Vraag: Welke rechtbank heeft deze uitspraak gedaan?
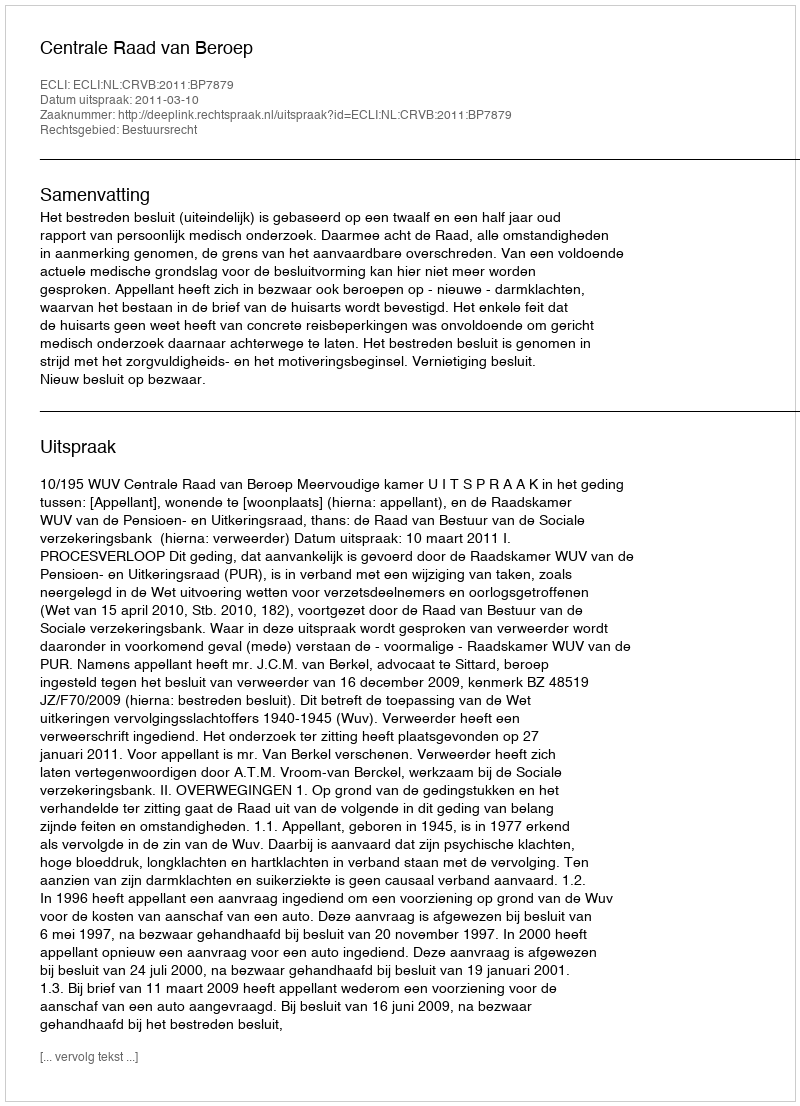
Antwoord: Centrale Raad van Beroep